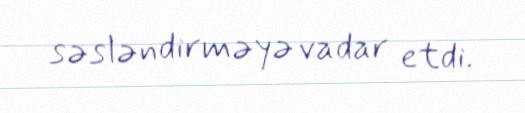
səsləndirməyə vadar etdi.